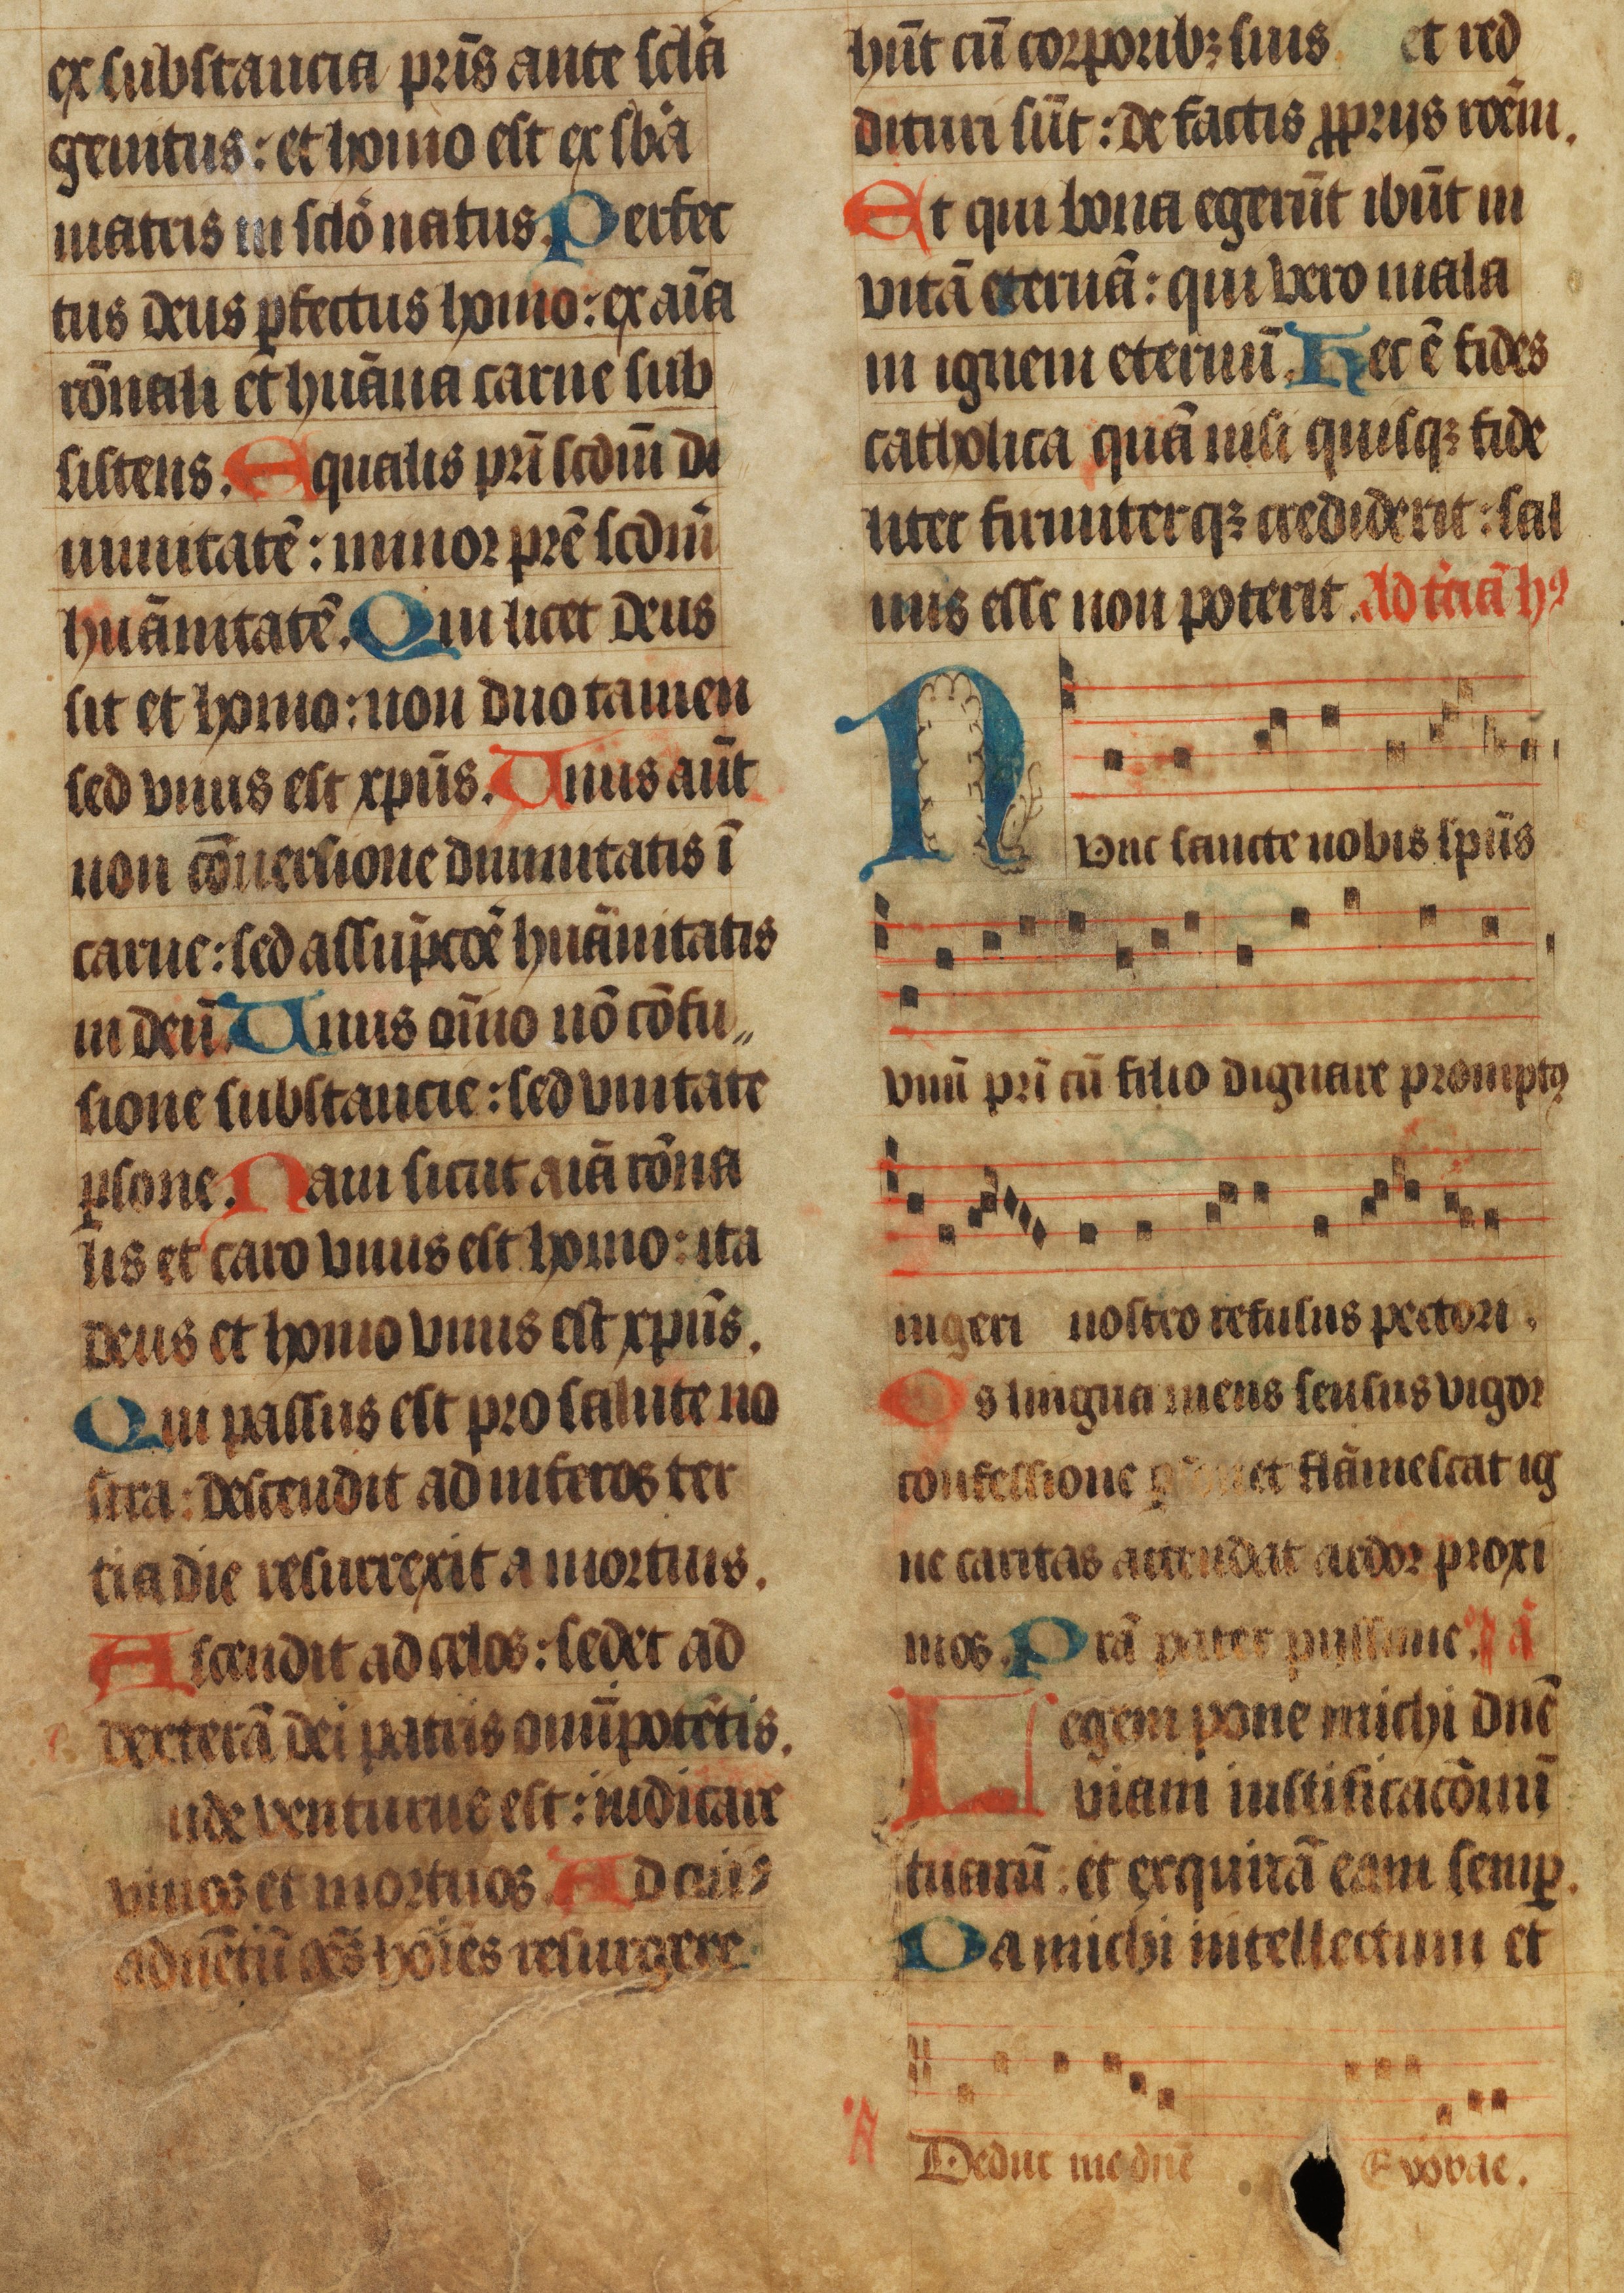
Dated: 1450–1499